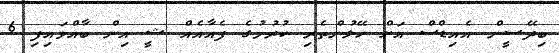
ބިދޭސީން އެއިޑްސް އަށް ހޭލުންތެރި ކުރުމުގެ ފެއާއެއް ޝީ އިން ބާއްވައިފި 6